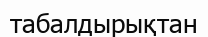
табалдырықтан